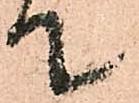
て